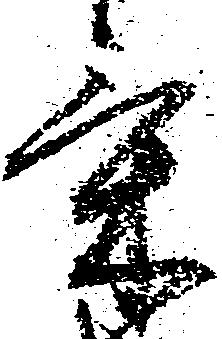
気